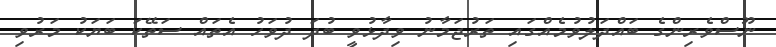
ނޫސްވެރިންގެ ބައްދަލުވުމެއްގައި ތަރުޖަމާނު ވިދާޅުވީ ބުދަ ދުވަހު އެތައް ސަތޭކަ ބަޔަކު މަރުވި